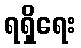
ရရှိရေး